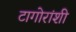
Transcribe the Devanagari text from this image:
टागोरांशी